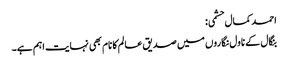
احمد کمال حشمی:
بنگال کے ناول نگاروں میں صدیق عالم کا نام بھی نہایت اہم ہے۔